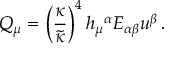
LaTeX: { \cal Q } _ { \mu } = \left( { \frac { \kappa } { \widetilde \kappa } } \right) ^ { 4 } h _ { \mu } { } ^ { \alpha } { \cal E } _ { \alpha \beta } u ^ { \beta } \, .